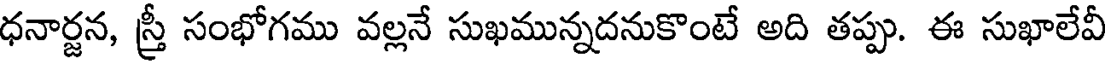
ధనార్జన, స్త్రీ సంభోగము వల్లనే సుఖమున్నదనుకొంటే అది తప్పు. ఈ సుఖాలేవీ